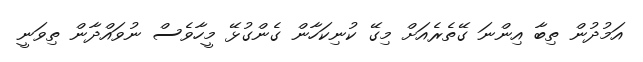
އަމުދުން ތިބާ އިންނަ ގޭތެރެއަށް މިގޭ ކުނިކަހާން ގެންގުޅޭ މީހާވެސް ނުވައްދާން ތިވަނީ